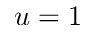
u = 1